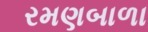
રમણબાળા